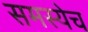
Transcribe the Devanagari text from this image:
समस्येच